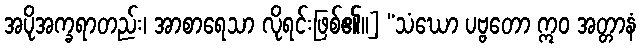
အပိုအက္ခရာတည်း၊ အာစာရေသာ လိုရင်းဖြစ်၏။] “သံဃော ပဗ္ဗတော ဣဝ အတ္တာနံ